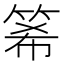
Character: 𥭘